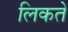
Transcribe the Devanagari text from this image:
लिकते